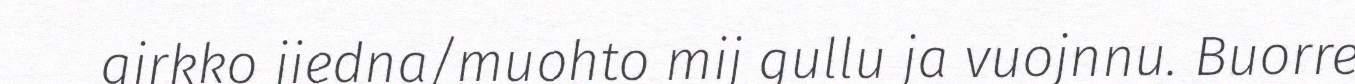
girkko jiedna/muohto mij gullu ja vuojnnu. Buorre